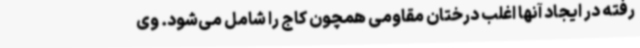
رفته در ایجاد آنها اغلب درختان مقاومی همچون کاج را شامل می‌شود. وی